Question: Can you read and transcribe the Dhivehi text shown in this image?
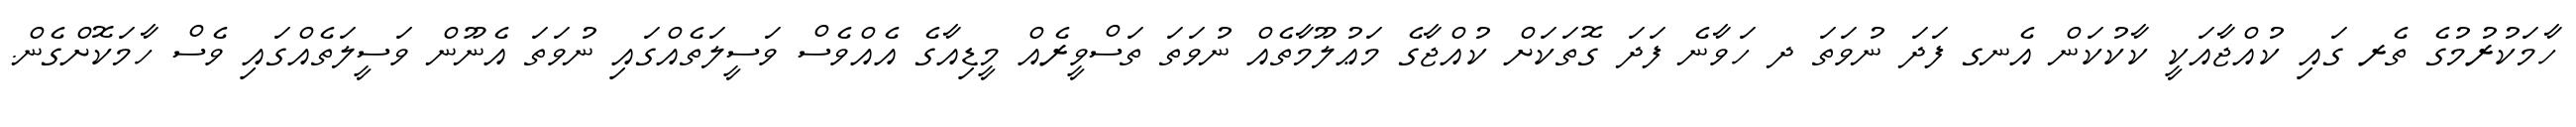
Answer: ހާމަކުރުމުގެ ތެރ ގައި ކުއްޖާއަކީ ކާކުކަން އެނގ ފަދަ ނުވަތަ ދ ހަވާނެ ފަދަ ގޮތަކަށް ކުއްޖާގެ މަޢުލޫމާތެއް ނުވަތަ ތަސްވީރެއް މީޑިއާގެ އެއްވެސް ވަސީލަތެއްގައި ނުވަތަ އެނޫން ވަސީލަތެއްގައި ވެސް ހާމަކޮށްގެން.